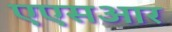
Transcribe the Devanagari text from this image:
एएसआर